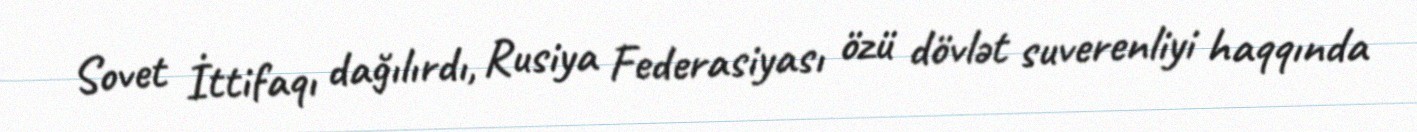
Sovet İttifaqı dağılırdı, Rusiya Federasiyası özü dövlət suverenliyi haqqında